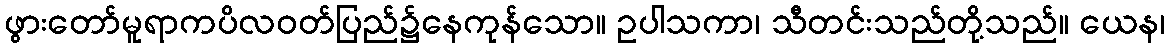
ဖွားတော်မူရာကပိလဝတ်ပြည်၌နေကုန်သော။ ဥပါသကာ၊ သီတင်းသည်တို့သည်။ ယေန၊